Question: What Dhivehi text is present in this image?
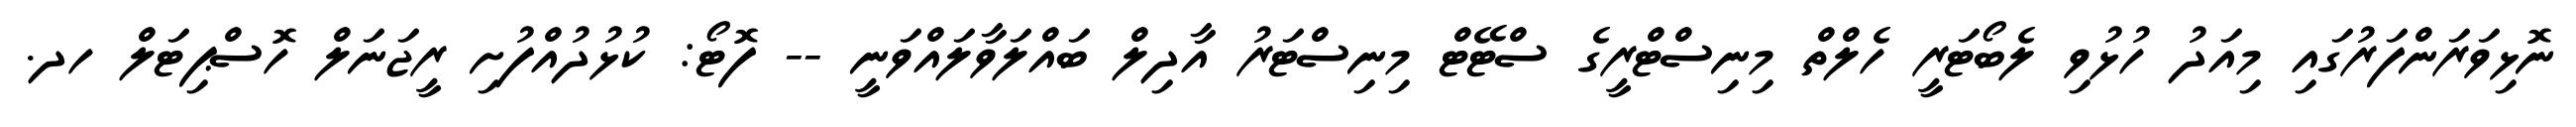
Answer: ނޮޅިވަރަންފަރުގައި މިއަދު ހުޅުވި ލެބޯޓަރީ ހެލްތް މިނިސްޓްރީގެ ސްޓޭޓް މިނިސްޓަރު އާދިލް ބައްލަވާލައްވަނީ -- ފޮޓޯ: ކުޅުދުއްފުށި ރީޖަނަލް ހޮސްޕިޓަލް ހދ.